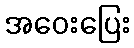
အဝေးပြေး